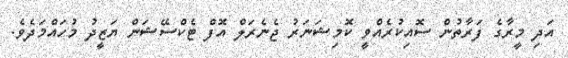
އަދި މީރާގެ ފަރާތުން ސޮއިކުރެއްވީ ކޮމިޝަނަރު ޖެނެރަލް އޮފް ޓެކްސޭޝަން ޔަޒީދު މުހައްމަދެވެ.